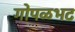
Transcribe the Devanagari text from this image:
गोपळभट